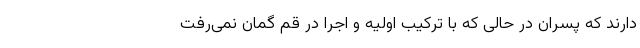
دارند که پسران در حالی که با ترکیب اولیه و اجرا در قم گمان نمی‌رفت